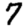
Digit: 7